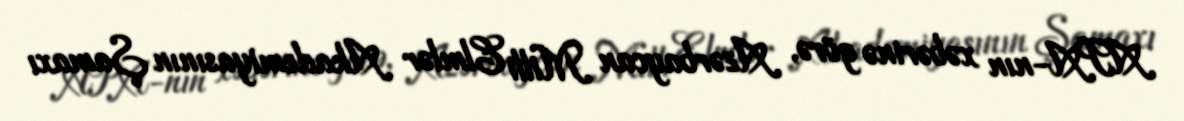
APA-nın xəbərinə görə, Azərbaycan Milli Elmlər Akademiyasının Şamaxı